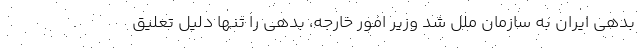
بدهی ایران به سازمان ملل شد وزیر امور خارجه، بدهی را تنها دلیل تعلیق